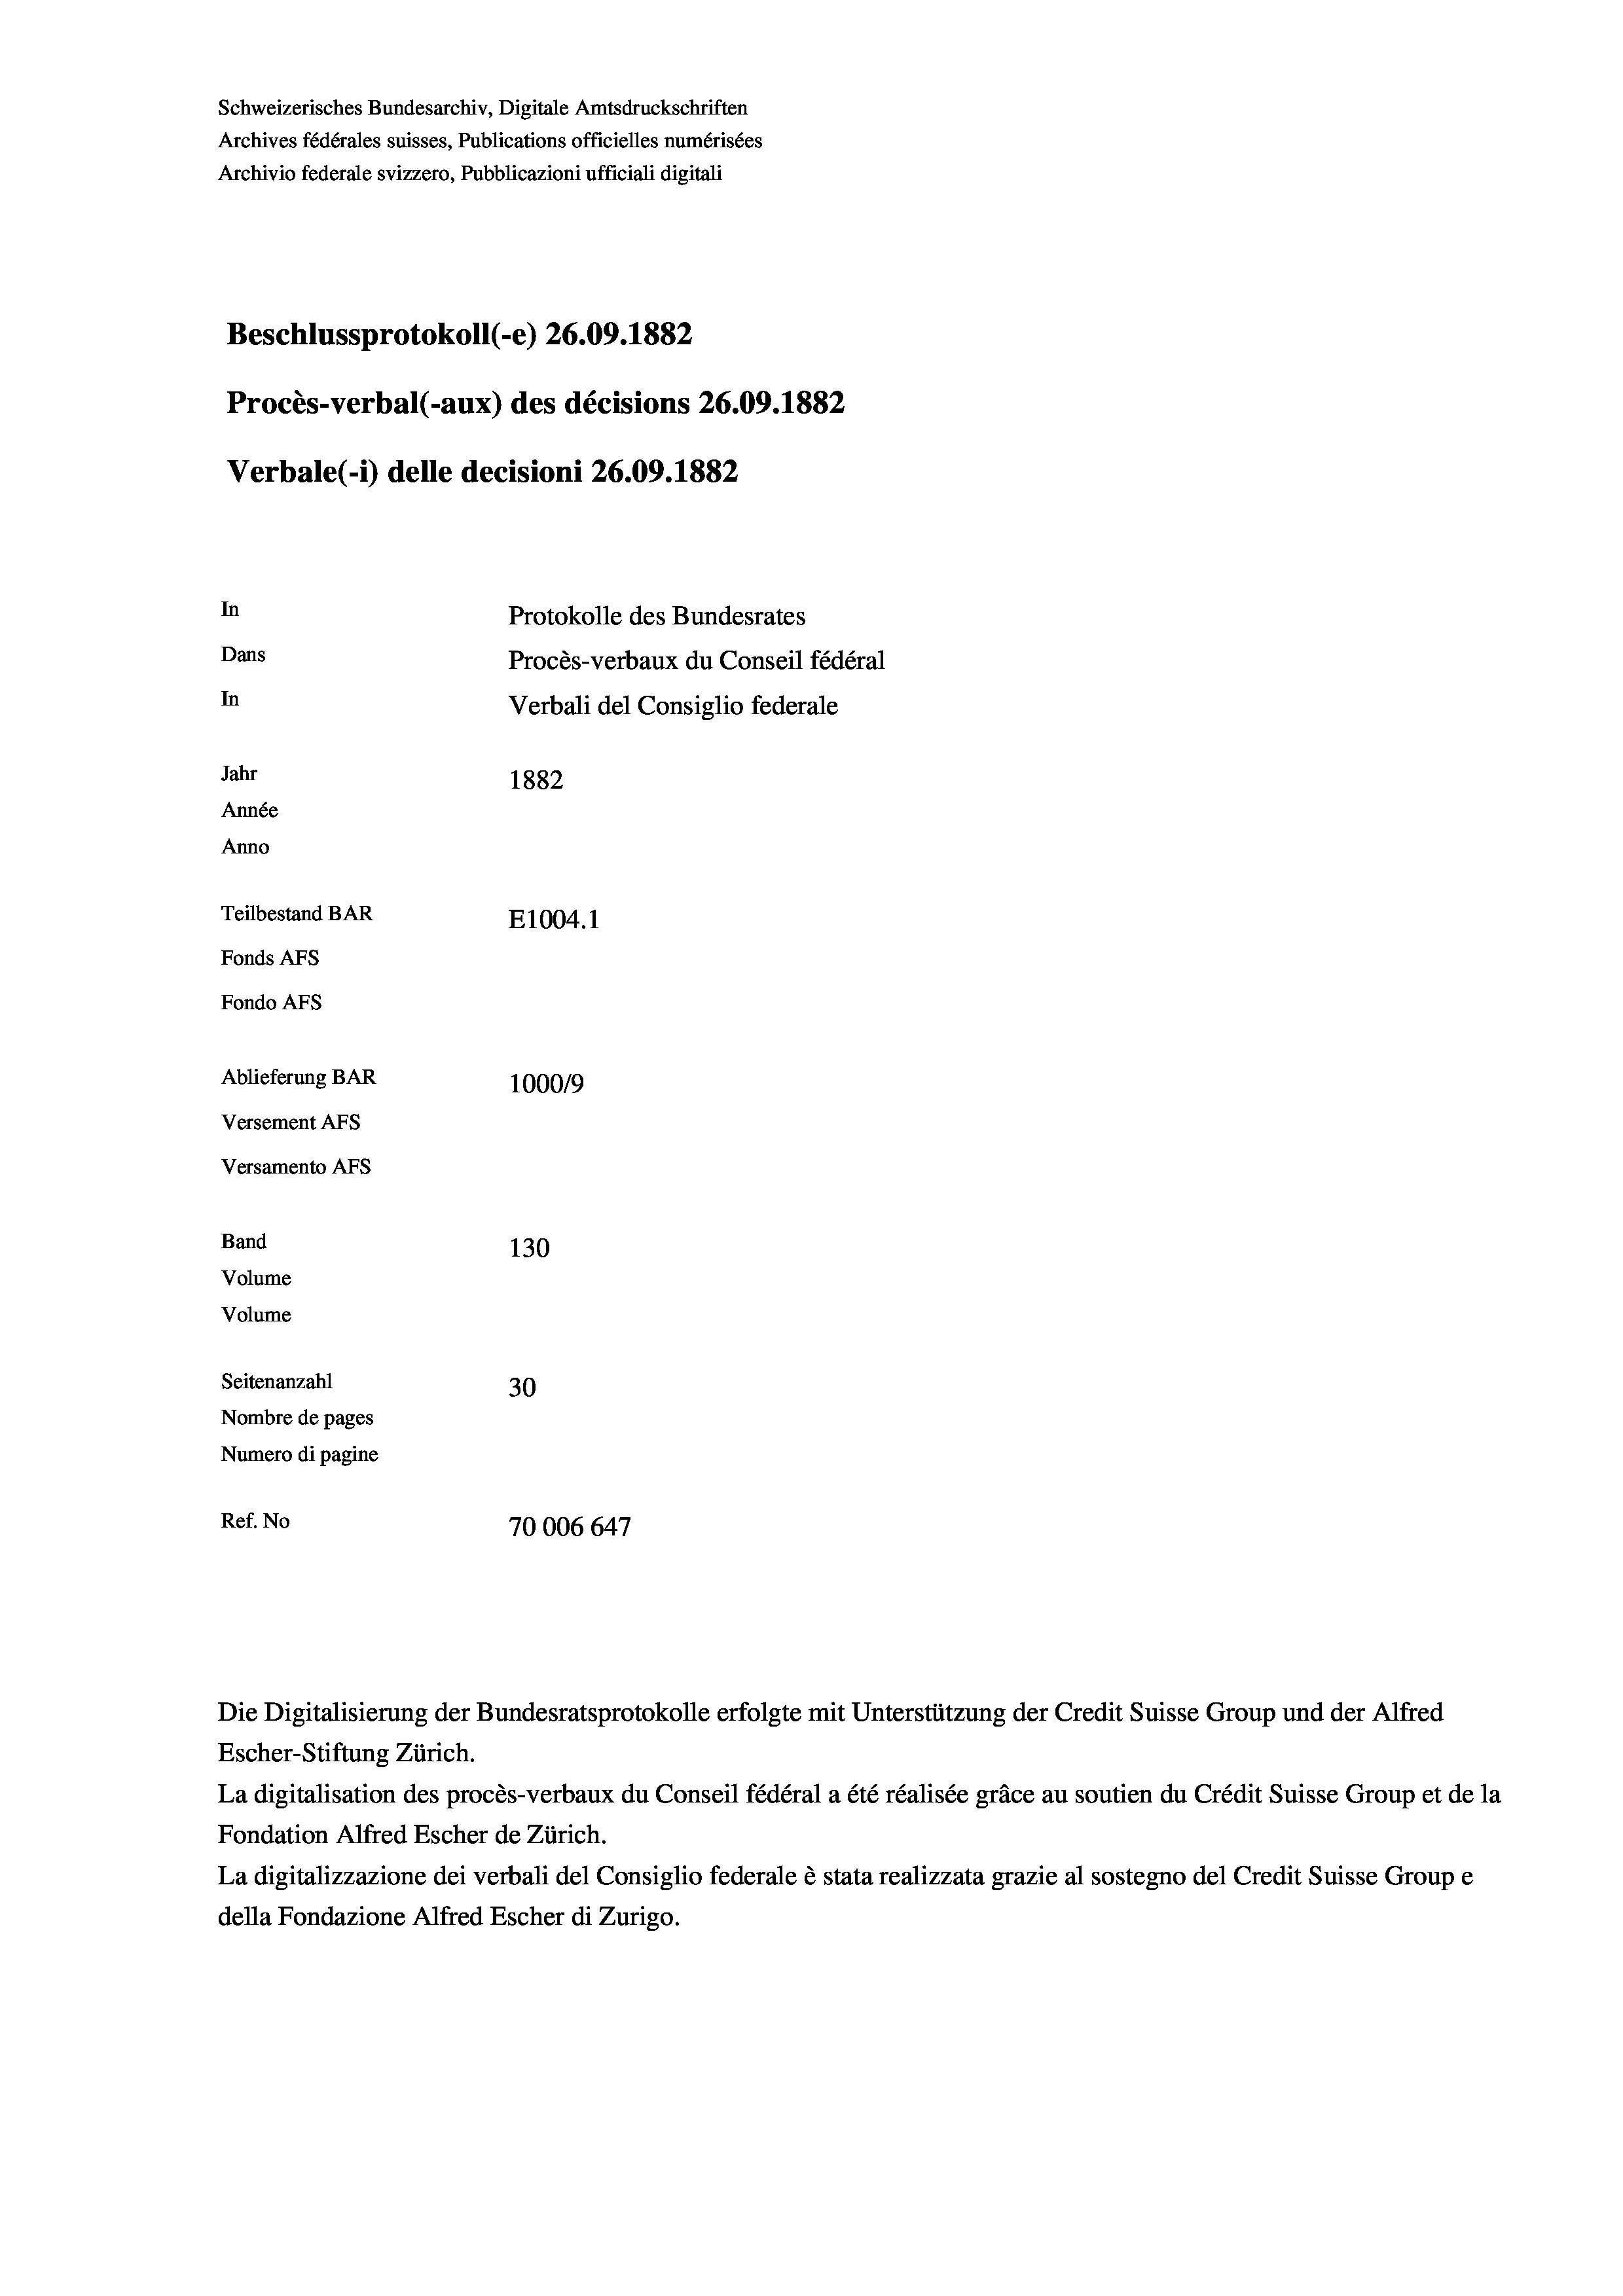
Schweizerisches Bundesarchiv, Digitale Amtsdruckschriften
Archives fédérales suisses, Publications officielles numérisées
Archivio federale svizzero, Pubblicazioni ufficiali digitali
Beschlussprotokoll (-e) 26.09. 1882
Procès-verbal (-aux) des décisions 26.09. 1882
Verbale(-*) delle decisioni 26.09. 1882
In
Protokolle des Bundesrates
Dans
Procès-verbaux du Conseil fédéral
In
Verbali del Consiglio federale
Jahr
1882
Année
Anno
Teilbestand BAR
E1004. 1
Fonds AFs
Fondo AFs
Ablieferung BAR
1000/9
Versement Abs
Versamento AFs
Band
130
Volume
Volume
Seitenanzahl
30
Nombre de pages
Numero di pagine
Ref. No
70006647

Die Digitalisierung der Bundesratsprotokolle erfolgte mit Unterstützung der Credit Suisse Group und der Alfred
Escher-Stiftung Zürich.
La digitalisation des procès-verbaux du Conseil fédéral a été réalisée gräce au soutien du Crédit Suisse Group et de la
Fondation Alfred Escher de Zürich.
La digitalizzazione dei verbali del Consiglio federale è stata realizzata grazie al sostegno del Credit Suisse Groupe
della Fondazione Alfred Escher di Zurigo.